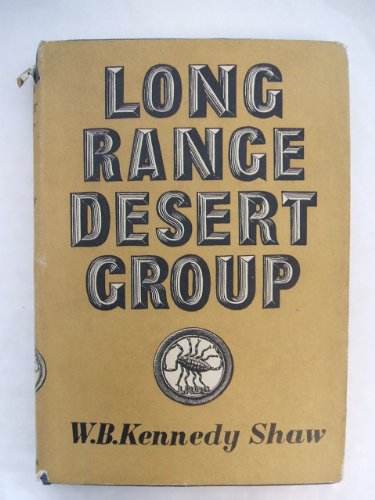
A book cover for Long Range Desert Group. The story of its work in Libya, 1940-1943. With plates, including a portrait, and a map; William Boyd Kennedy Shaw; Travel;